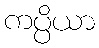
ကပ္ပိယာ